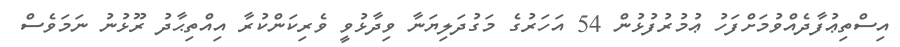
އިސްތިޢުފާދެއްވުމަށްފަހު ޢުމުރުފުޅުން 54 އަހަރުގެ މަގުދަލިޔަނާ ވިދާޅުވީ ވެރިކަންކުރާ އިއްތިޙާދު ރޫޅުނު ނަމަވެސް